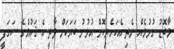
މާބޮޑު ގުޅުމެއް ނެތި އެކަހެރިކޮށް އުޅުނު ބަޔަކަށް ވާތީ އެ ޤައުމުގެ ސަގަފީ